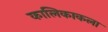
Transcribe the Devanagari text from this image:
कालिकाकला